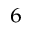
^ 6